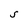
Character: s